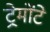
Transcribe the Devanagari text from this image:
ट्रेमोंटे